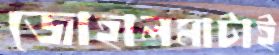
জোহালমাটাই